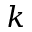
k